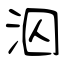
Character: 泅